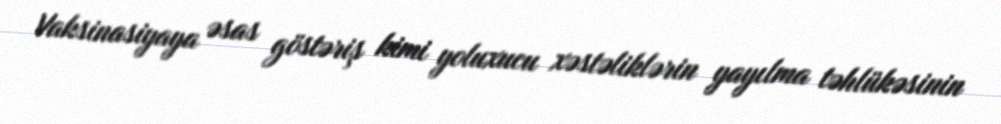
Vaksinasiyaya əsas göstəriş kimi yoluxucu xəstəliklərin yayılma təhlükəsinin